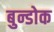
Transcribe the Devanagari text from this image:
बुन्डोक